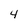
Character: 4